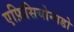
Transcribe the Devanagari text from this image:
एफ़िसियोनाडो